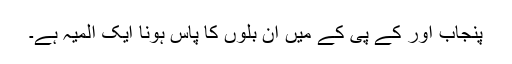
پنجاب اور کے پی کے میں ان بلوں کا پاس ہونا ایک المیہ ہے۔